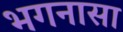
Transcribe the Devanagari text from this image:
भगनासा